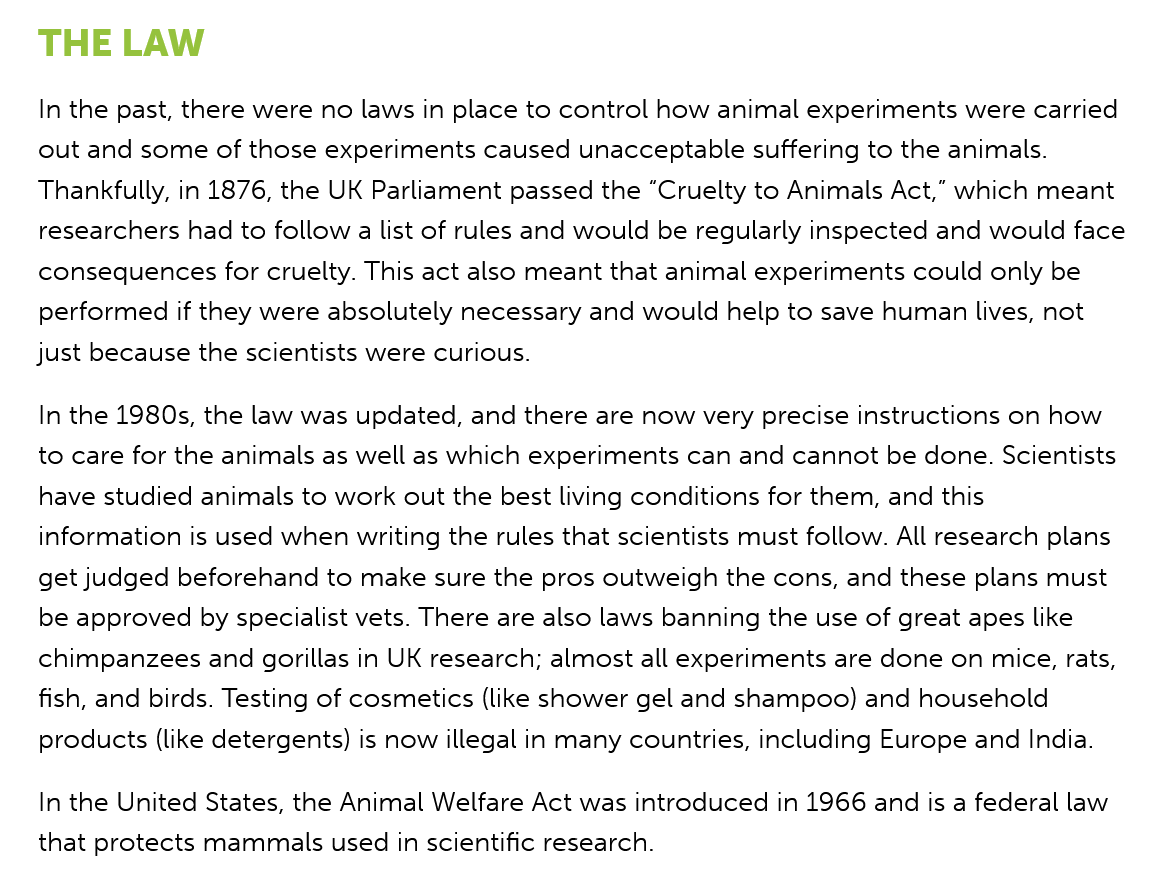
THE   LAW
   In the past, there were no laws in place to control how animal experiments were carried
   out and some of those experiments caused unacceptable suffering to the animals.
   Thankfully, in 1876, the UK Parliament passed the “Cruelty to Animals Act,” which meant
   researchers had to follow a list of rules and would be regularly inspected and would face
   consequences for cruelty. This act also meant that animal experiments could only be
   performed if they were absolutely necessary and would help to save human lives, not
   just because the scientists were curious.
   In the 1980s, the law was updated, and there are now very precise instructions on how
   to care for the animals as well as which experiments can and cannot be done. Scientists
   have studied animals to work out the best living conditions for them, and this
   information is used when writing the rules that scientists must follow. All research plans
   get judged beforehand to make sure the pros outweigh the cons, and these plans must
   be approved by specialist vets. There are also laws banning the use of great apes like
   chimpanzees  and gorillas in UK research; almost all experiments are done on mice, rats,
   fish, and birds. Testing of cosmetics (like shower gel and shampoo) and household
   products (like detergents) is now illegal in many countries, including Europe and India.
   In the United States, the Animal Welfare Act was introduced in 1966 and is a federal law
   that protects mammals used in scientific research.